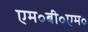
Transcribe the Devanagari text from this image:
एम॰बी॰एम॰